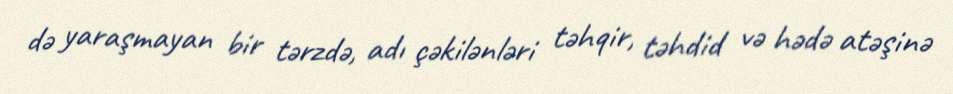
də yaraşmayan bir tərzdə, adı çəkilənləri təhqir, təhdid və hədə atəşinə